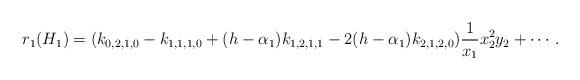
LaTeX: \begin{align*}r_{1}(H_{1})=(k_{0,2,1,0}-k_{1,1,1,0}+(h-\alpha_{1})k_{1,2,1,1}-2(h-\alpha_{1})k_{2,1,2,0})\dfrac{1}{x_{1}}x_{2}^2y_{2}+\cdots.\end{align*}